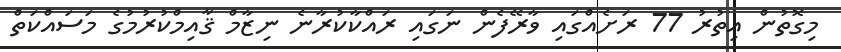
މިގޮތުން އިތުރު 77 ރަށެއްގައި ވާރޭފެން ނަގައި ރައްކާކުރާނެ ނިޒާމް ޤާއިމްކުރުމުގެ މަސައްކަތް